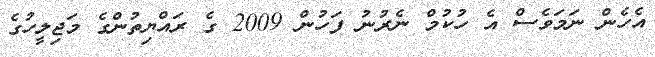
އެހެން ނަމަވެސް އެ ހުކުމް ނެރުނު ފަހުން 2009 ގެ ރައްޔިތުންގެ މަޖިލީހުގެ